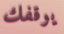
يوقفك